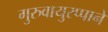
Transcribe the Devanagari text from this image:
गुरुवायुरप्पाने